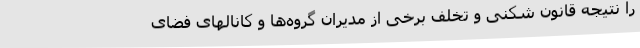
را نتیجه قانون شکنی و تخلف برخی از مدیران گروه‌ها و کانالهای فضای